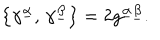
\left\{ \gamma ^ { \underline { { { \alpha } } } } , \, \gamma ^ { \underline { { { \beta } } } } \right\} = 2 g ^ { \underline { { { \alpha } } } \underline { { { \beta } } } } .